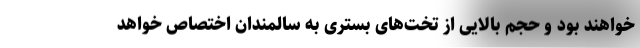
خواهند بود و حجم بالایی از تخت‌های بستری به سالمندان اختصاص خواهد